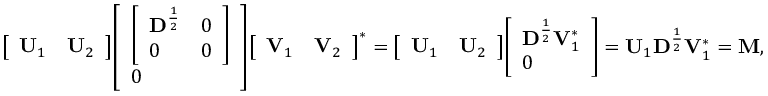
{ \left[ \begin{array} { l l } { \mathbf { U } _ { 1 } } & { \mathbf { U } _ { 2 } } \end{array} \right] } { \left[ \begin{array} { l } { { \left[ \begin{array} { l l } { \mathbf D ^ { \frac { 1 } { 2 } } } & { 0 } \\ { 0 } & { 0 } \end{array} \right] } } \\ { 0 } \end{array} \right] } { \left[ \begin{array} { l l } { \mathbf { V } _ { 1 } } & { \mathbf { V } _ { 2 } } \end{array} \right] } ^ { * } = { \left[ \begin{array} { l l } { \mathbf { U } _ { 1 } } & { \mathbf { U } _ { 2 } } \end{array} \right] } { \left[ \begin{array} { l } { \mathbf { D } ^ { \frac { 1 } { 2 } } \mathbf { V } _ { 1 } ^ { * } } \\ { 0 } \end{array} \right] } = \mathbf { U } _ { 1 } \mathbf { D } ^ { \frac { 1 } { 2 } } \mathbf { V } _ { 1 } ^ { * } = \mathbf { M } ,